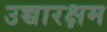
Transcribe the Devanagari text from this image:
उच्चारक्षम